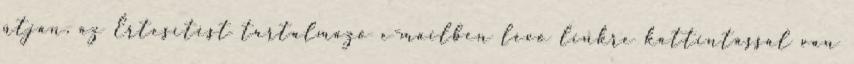
útján, az Értesítést tartalmazó e-mailben lévő linkre kattintással van